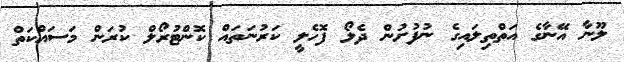
ލޫނާ އޭނާގެ އަތްތިލައިގެ ނުފުށުން ދެލޯ ފޮހެލީ ކަރުނަތައް ކޮންޓުރޯލް ކުރަން މަސައްކަތް